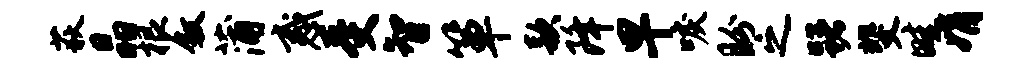
荻晶根叙蒲惑受智箪款降早唳盼之躇斐畦娟